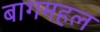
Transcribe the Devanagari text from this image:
बागमहल